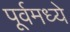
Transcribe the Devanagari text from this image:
पूर्वमध्ये